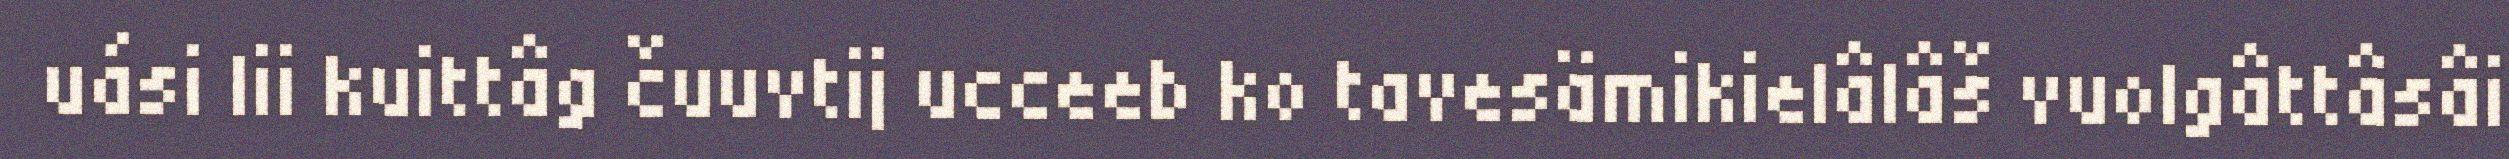
uási lii kuittâg čuuvtij ucceeb ko tavesämikielâlâš vuolgâttâsâi